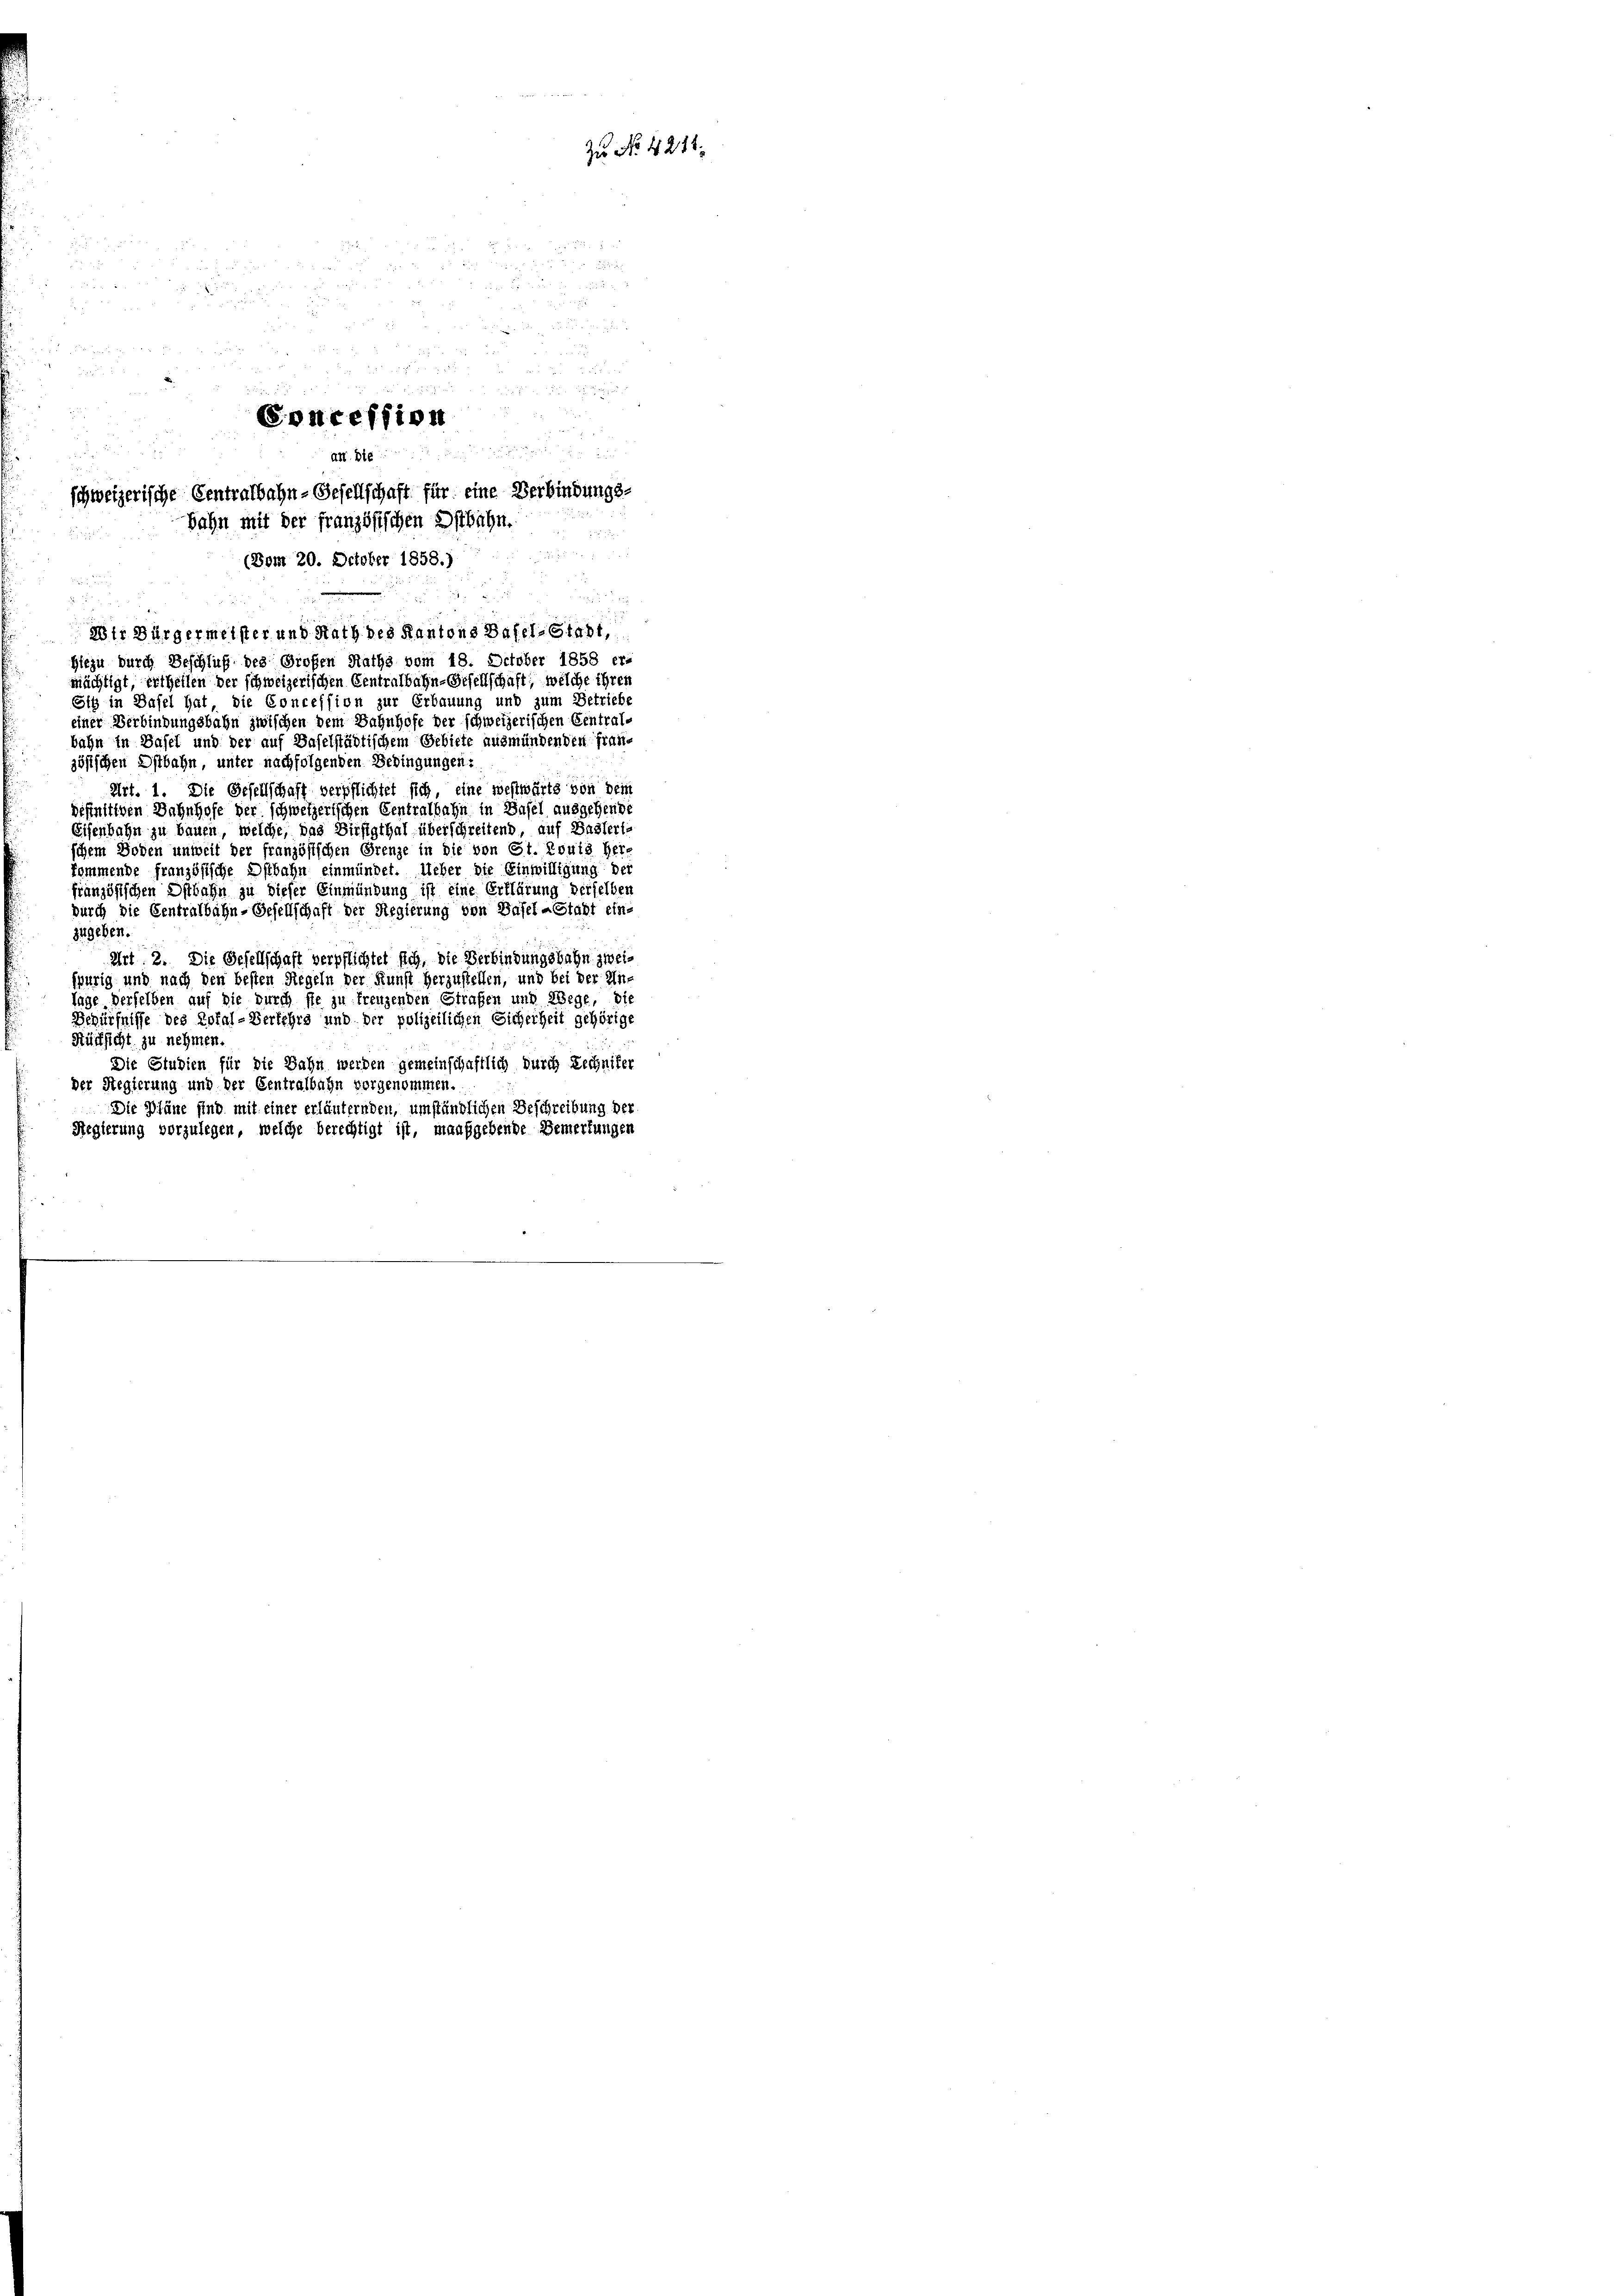
Zu No 4211.

8

d der

u

84 x
r

Concession

Art. Die
schweizerische Centralbahn-Gesellschaft für eine Verbindungs-

d

Bahn mit der französischen Ostbahn.
(Dom 20. October 1858.)

2tr Bürgermeister und Rath des Kantons Basel-Stadt,

Hiezu durch Beschluß des Großen Rathe vom 18. October 1858 er-
mächtigt, ertheilen der schweizerischen Centralbahn-Gesellschaft, welche ihren
Ott in Basel hat, die Concession zur Erbauung und zum Betriebe
einer Verbindungsbahn zwischen dem Bahnhofe der schweizerischen Central-
bahn in Basel und der auf Baselstädtischem Gebiete ausmündenden Fraue
zösischen Ostbahn, unter nachfolgenden Bedingungen:
Art. 1. Die Gesellschaff verpflichtet sich, eine westwärts von dem
beftaltigen Bahnhofe der schweizerischen Centralbahn in Basel ausgehende
Eisenbahn zu bauen, welche, das Birstgthal überschreitend, auf Baslerischem Boden unweit der französischen Grenze in die von St. Louis her-
kommende französische Ostbahn einmündet. Ueber die Einwilligung der
französischen Ostbahn zu dieser Einmündung ist eine Erklärung derselben
durch die Centralbahn-Gesellschaft der Regierung von Basel-Stadt ein-
zugeben.
Art. 3. Die Gesellschaft verpflichtet sich, die Verbindungsbahn zweispurig und nach den besten Regeln der Kunst herzustellen, und bei der In-
lage derselben auf die durch sie zu treuzenden Strafen und Wege, die
Bchürfnisse des Epfal-Verlehrs und der polizeilichen Sicherheit gehörige
Rücksicht zu nehmen.
Die Studien für die Bahn werden gemeinschaftlich durch Rechniker
der Regierung und der Centralbahn vorgenommen.
Die Pläne sind mit einer erläuternden, umständlichen Beschreibung der
Regierung vorzulegen, welche berechtigt ist, maaßgebende Bemerkungen